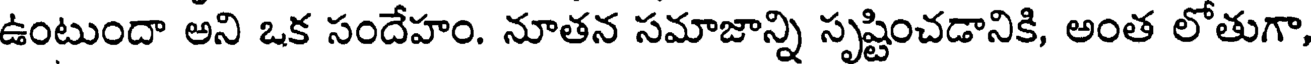
ఉంటుందా అని ఒక సందేహం. నూతన సమాజాన్ని సృష్టించడానికి, అంత లోతుగా,